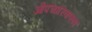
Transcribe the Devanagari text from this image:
औपचारिकरूप